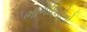
ભાગીદારોનો